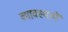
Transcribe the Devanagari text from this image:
व्यावस्थायें